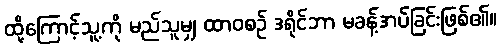
ထို့ကြောင့်သူ့ကို မည်သူမျှ ထာဝစဉ် ဒရိုင်ဘာ မခန့်အပ်ခြင်းဖြစ်၏။